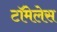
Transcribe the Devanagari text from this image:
टॉमेलेस